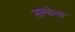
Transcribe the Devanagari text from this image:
ताम्बोला